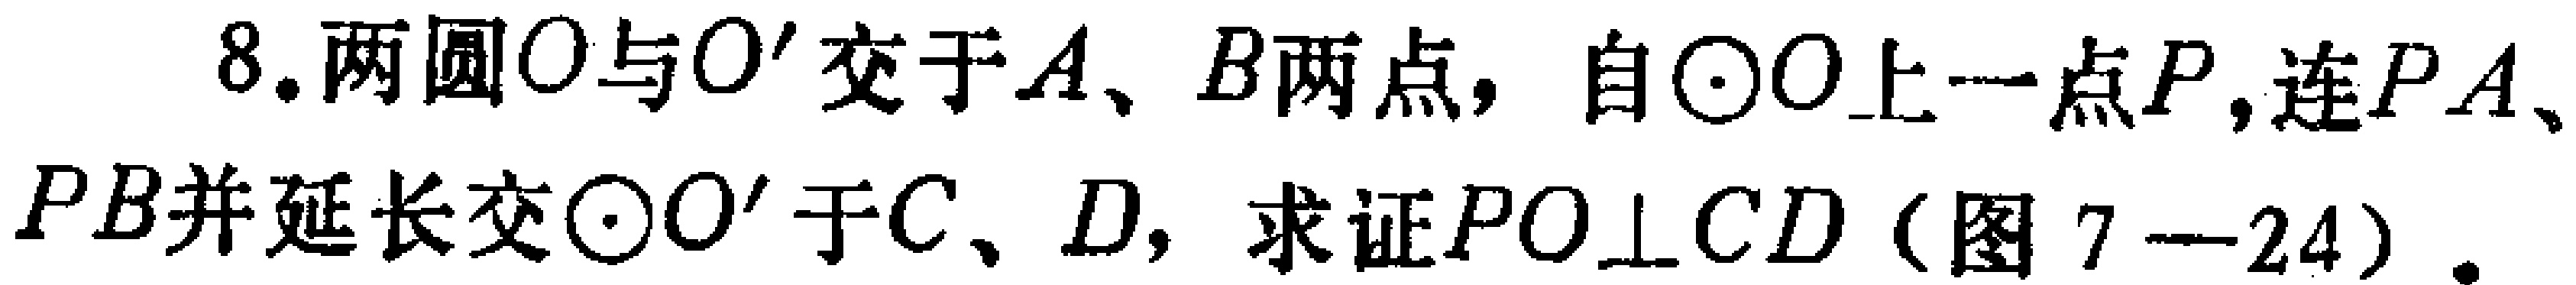
8. 两圆\(O\)与\(O'\)交于\(A\)、\(B\)两点，自\(\odot O\)上一点\(P\)，连\(PA\)、\(PB\)并延长交\(\odot O'\)于\(C\)、\(D\)，求证\(PO\perp CD\)（图 \(7 - 24\)）.